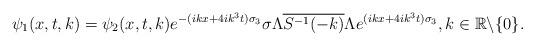
LaTeX: \begin{align*} \psi_1(x,t,k)=\psi_2(x,t,k)e^{-(ikx+4ik^3t)\sigma_3}\sigma\Lambda \overline{S^{-1}(-k)}\Lambda e^{(ikx+4ik^3t)\sigma_3}, k\in\mathbb{R}\backslash\{0\}.\end{align*}